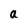
Character: a